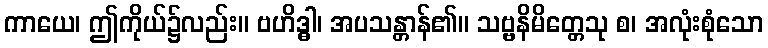
ကာယေ၊ ဤကိုယ်၌လည်း။ ဗဟိဒ္ဓါ၊ အပသန္တာန်၏။ သဗ္ဗနိမိတ္တေသု စ၊ အလုံးစုံသော